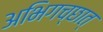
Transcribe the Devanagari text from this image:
अभिगच्छात्